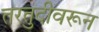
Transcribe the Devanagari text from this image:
तरतुदीवरून